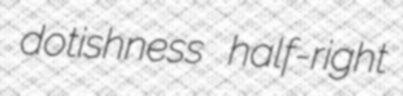
dotishness half-right